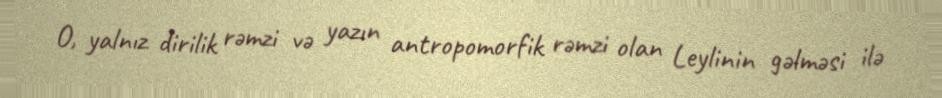
O, yalnız dirilik rəmzi və yazın antropomorfik rəmzi olan Leylinin gəlməsi ilə